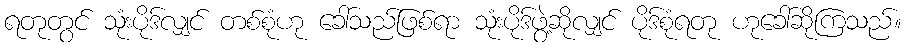
ရတုတွင် သုံးပိုဒ်လျှင် တစ်စုံဟု ခေါ်သည်ဖြစ်ရာ သုံးပိုဒ်ဖွဲ့ဆိုလျှင် ပိုဒ်စုံရတု ဟုခေါ်ဆိုကြသည်။